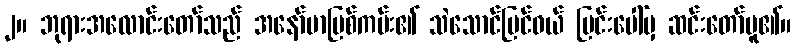
၂။ ဘုရားအလောင်းတော်သည် အနော်မာမြစ်ကမ်း၏ သဲသောင်ပြင်ဝယ် မြင်းပေါ်မှ ဆင်းတော်မူ၏။